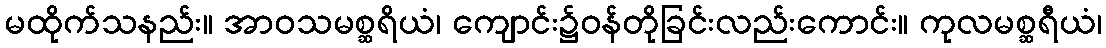
မထိုက်သနည်း။ အာဝသမစ္ဆရိယံ၊ ကျောင်း၌ဝန်တိုခြင်းလည်းကောင်း။ ကုလမစ္ဆရီယံ၊